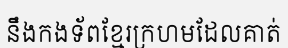
នឹងកងទ័ពខ្មែរក្រហមដែលគាត់